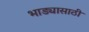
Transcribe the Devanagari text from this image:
भाड्यासाठी